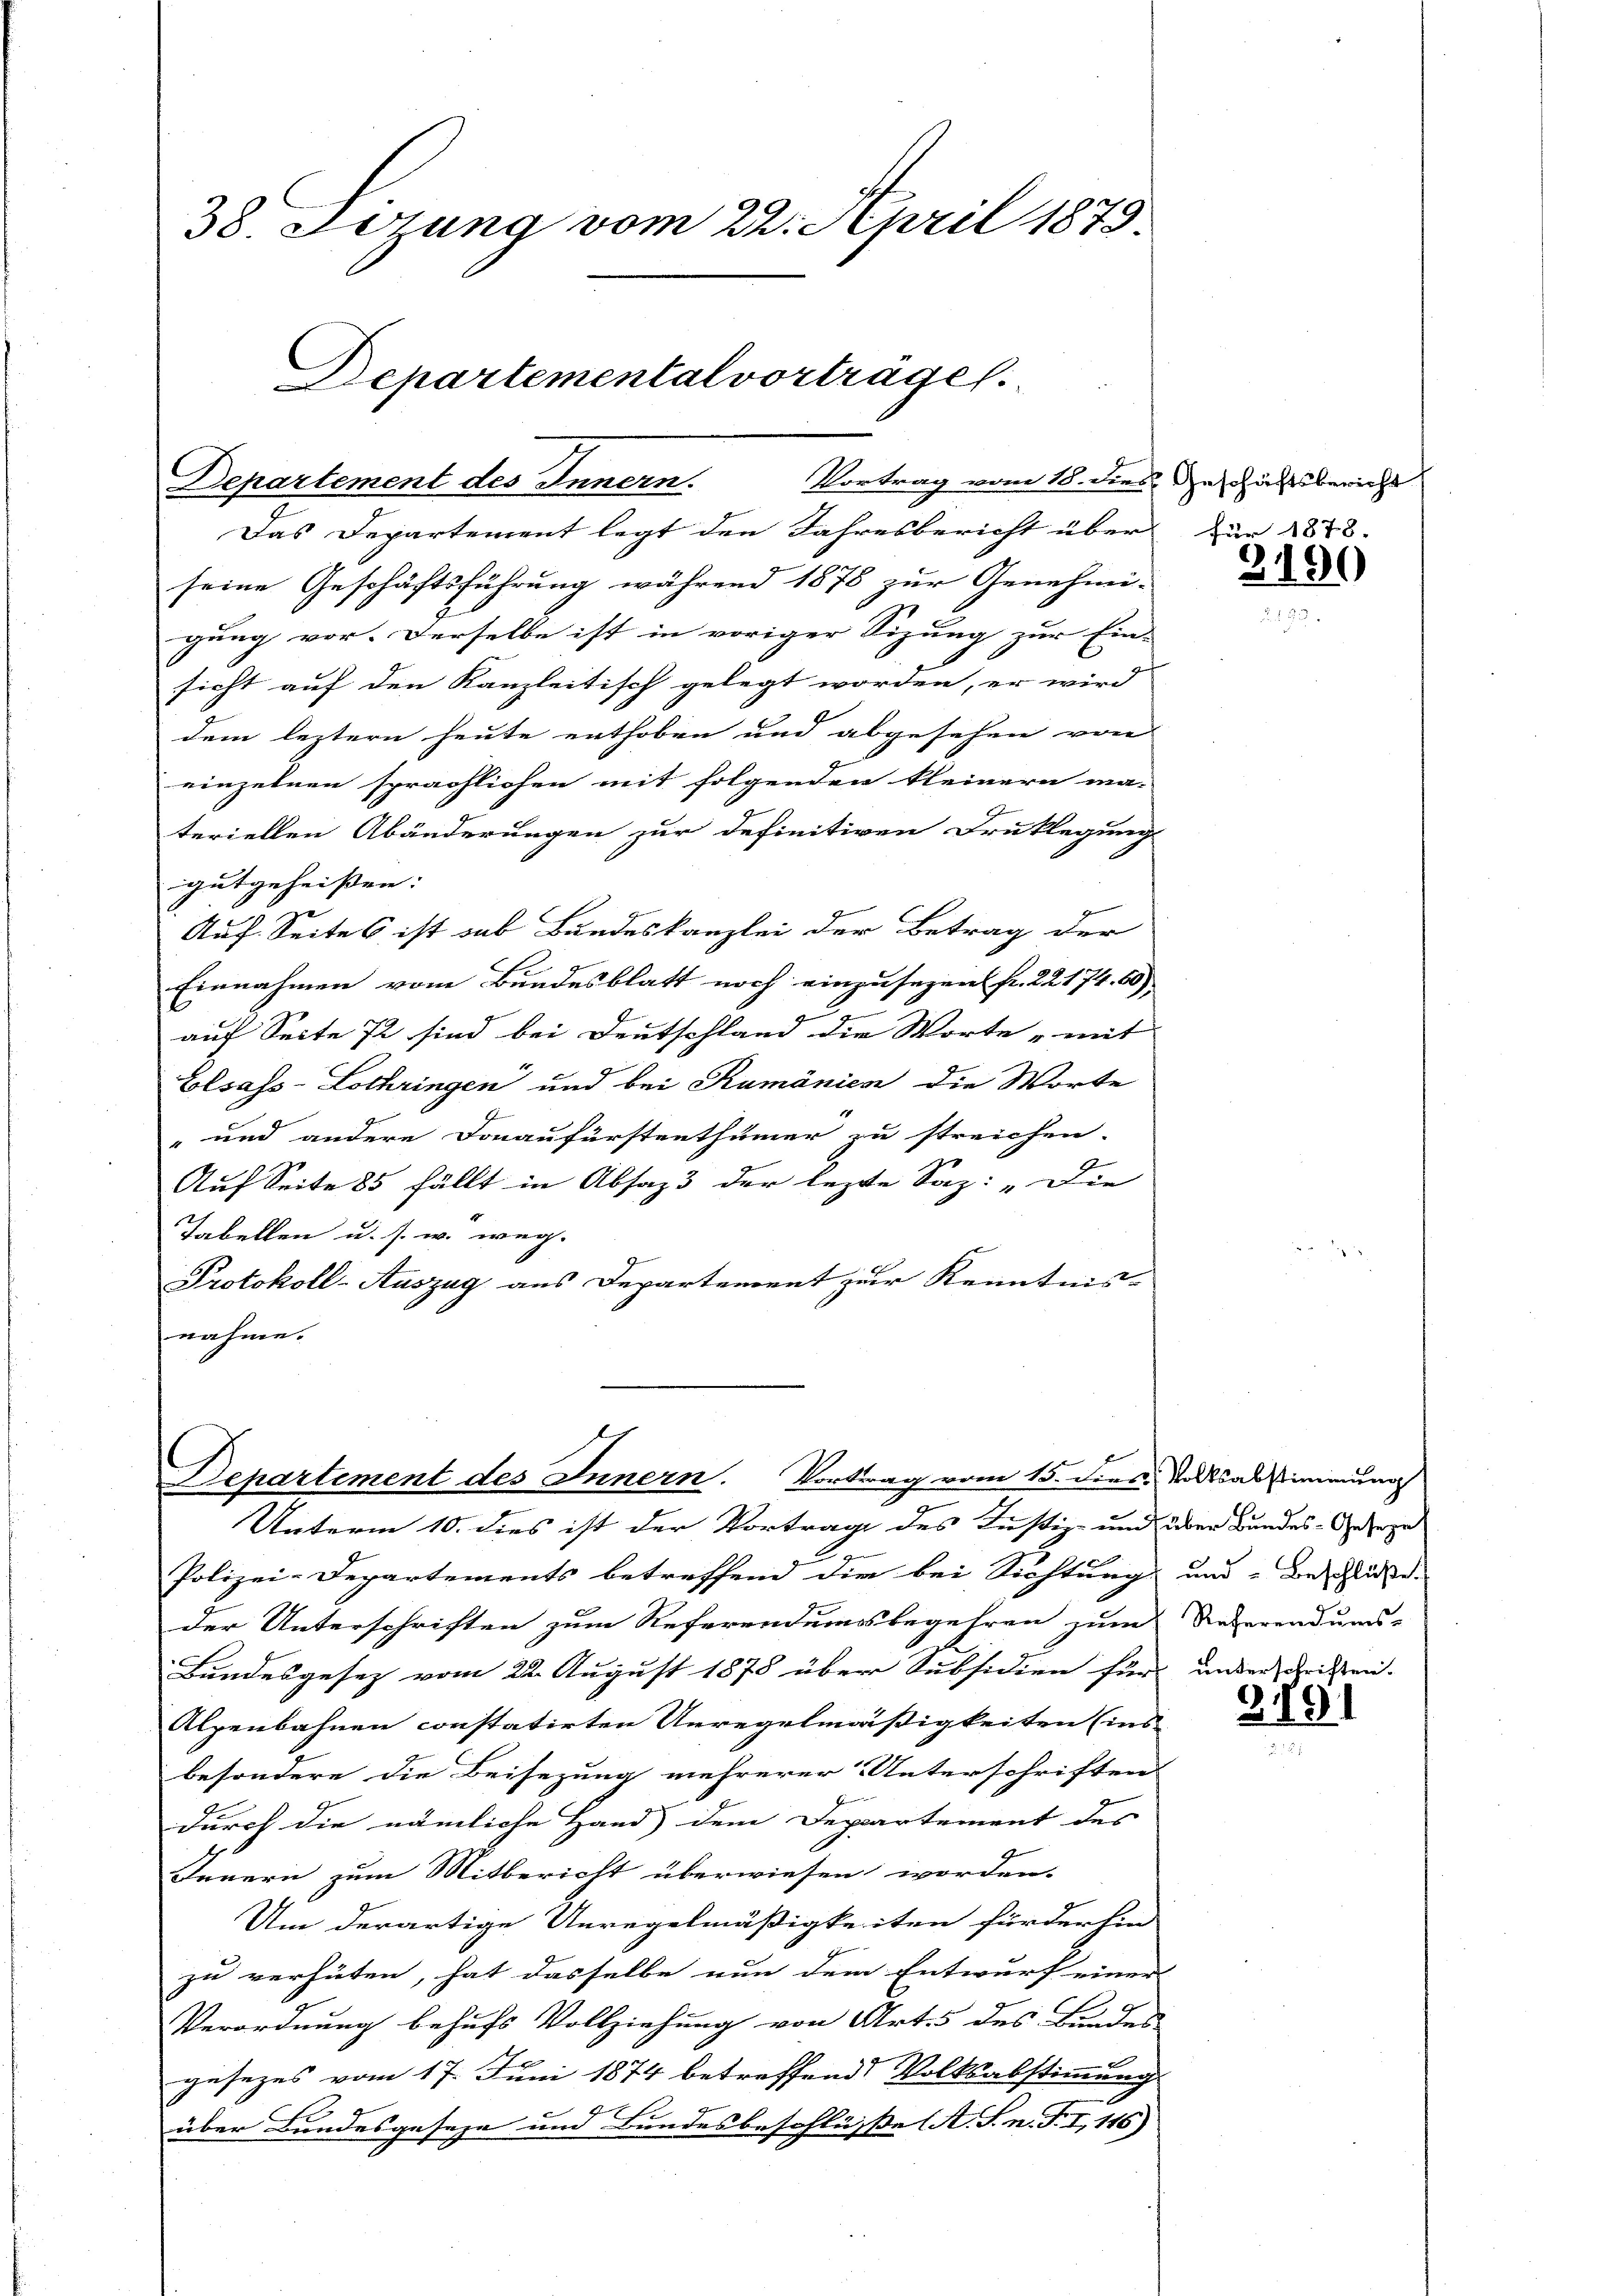
38. Serung vom 22. April 1879.

Departement des Innern. Vortrag vom 18. dies des Gutsbericht
Das Departement legt den Jahresbericht über für 1822.
seine Geschäftsführung während 1878 zur Genehmi-
gung vor. Derselbe ist in voriger Sizung zur Ein- |
sicht auf den Kanzleitisch gelegt worden, er wird
dem leztern heute enthoben und abgesehen von
einzelnen sprachlichen mit folgenden kleinern ma-
teriellen Abänderungen zur definitiven Druklegung
gutgeheissen: |
Auf Seites ist ab Bundeskanzlei der Betrag der
Einnahmen vom Bundesblatt noch einzusezen fr. 22174. 60)
auf Seite 72 sind bei Deutschland die Worte „mit
Elsass-Lothringen und bei Rumänien die Worte
E
" und andere Voraufürstenthümer zu streichen.
Auf Seite 85 fällt in Absaz der lezte Saz: „Die
Tabellen u. s. w. weg.
Protokoll-Auszug aus Departement zur Kenntnis-
nahme.

Departemental vorträge.

Departement des Innern. Vortrag vom 15. dies.
Unterm 10. dies ist der Vortrag des Justiz- und über Bundes-Geseze

Polizei-Departements betreffend die bei Richtung und Beschlüße
Der Unterschriften zum Referendumsbegehren zum Rezerendums-
Bundesgesetz vom 22. August 1878 über Subsidien für unter weiten.
Alpenbahnen constatirten Unregelmäßigkeiten (ins
besondere die Beisezung mehrerer Unterschriften
durch die nämliche Hand dem Departement des |
Innern zum Mitbericht überwiesen worden.
Um derartige Unregelmäßigkeiten für der hin
zu verhüten, hat dasselbe nun dem Entwurf einer
Verordnung behufs Vollziehung von Art. 5 des Bundes
gesezes vom 17. Juni 1874 betreffend Volksabstimmung
über Bundesgeseze und Bundesbeschlüße A. S. n. F. I, 116)

3190

Volksabstimmung

2.19